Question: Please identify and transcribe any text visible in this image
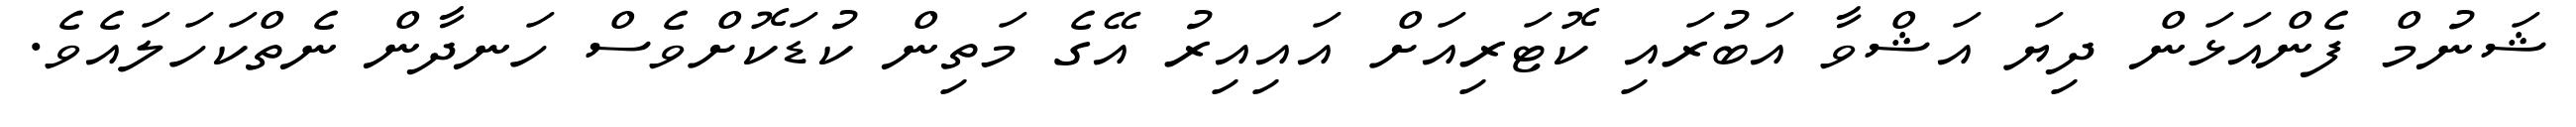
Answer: ޝަނުމް ފެންއަޅަން ދިޔަ އަޝްވާ އަބުރައި ކޮޓަރިއަށް އައިއިރު އޭގެ މަތިން ކުޑަކޮށްވެސް ހަނދާން ނެތްކަހަލައެވެ.